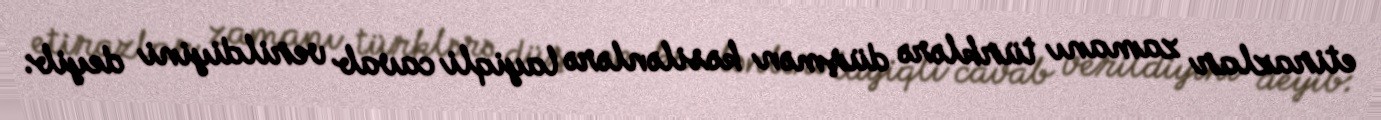
etirazlar zamanı türklərə düşmən kəsilənlərə layiqli cavab verildiyini deyib: